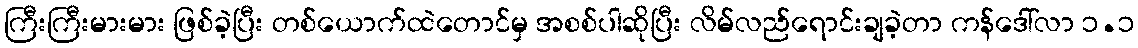
ကြီးကြီးမားမား ဖြစ်ခဲ့ပြီး တစ်ယောက်ထဲတောင်မှ အစစ်ပါဆိုပြီး လိမ်လည်ရောင်းချခဲ့တာ ကန်ဒေါ်လာ ၁.၁